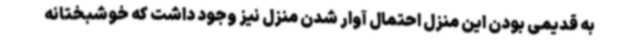
به قدیمی بودن این منزل احتمال آوار شدن منزل نیز وجود داشت که خوشبختانه